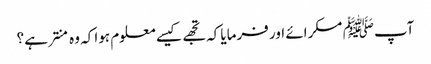
آپﷺ مسکرائے اور فرمایا کہ تجھے کیسے معلوم ہوا کہ وہ منتر ہے ؟